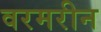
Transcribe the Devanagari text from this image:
वरमरीन